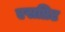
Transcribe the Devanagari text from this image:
एसप्रिट